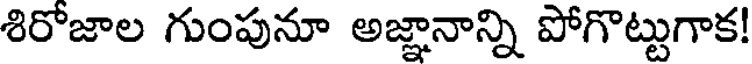
శిరోజాల గుంపునూ అజ్ఞానాన్ని పోగొట్టుగాక!